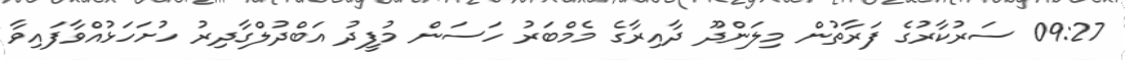
09:27 ސަރުކާރުގެ ފަރާތުން މިލަންދޫ ދާއިރާގެ މެމްބަރު ހަސަން މުފީދު އަބްދުލްގާދިރު ހުށަހަޅުއްވާފައިވާ